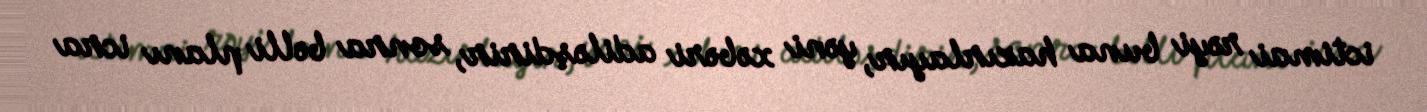
ictimai rəyi buna hazırlayır, yəni xəbəri adiləşdirir, sonra bəlli planı icra